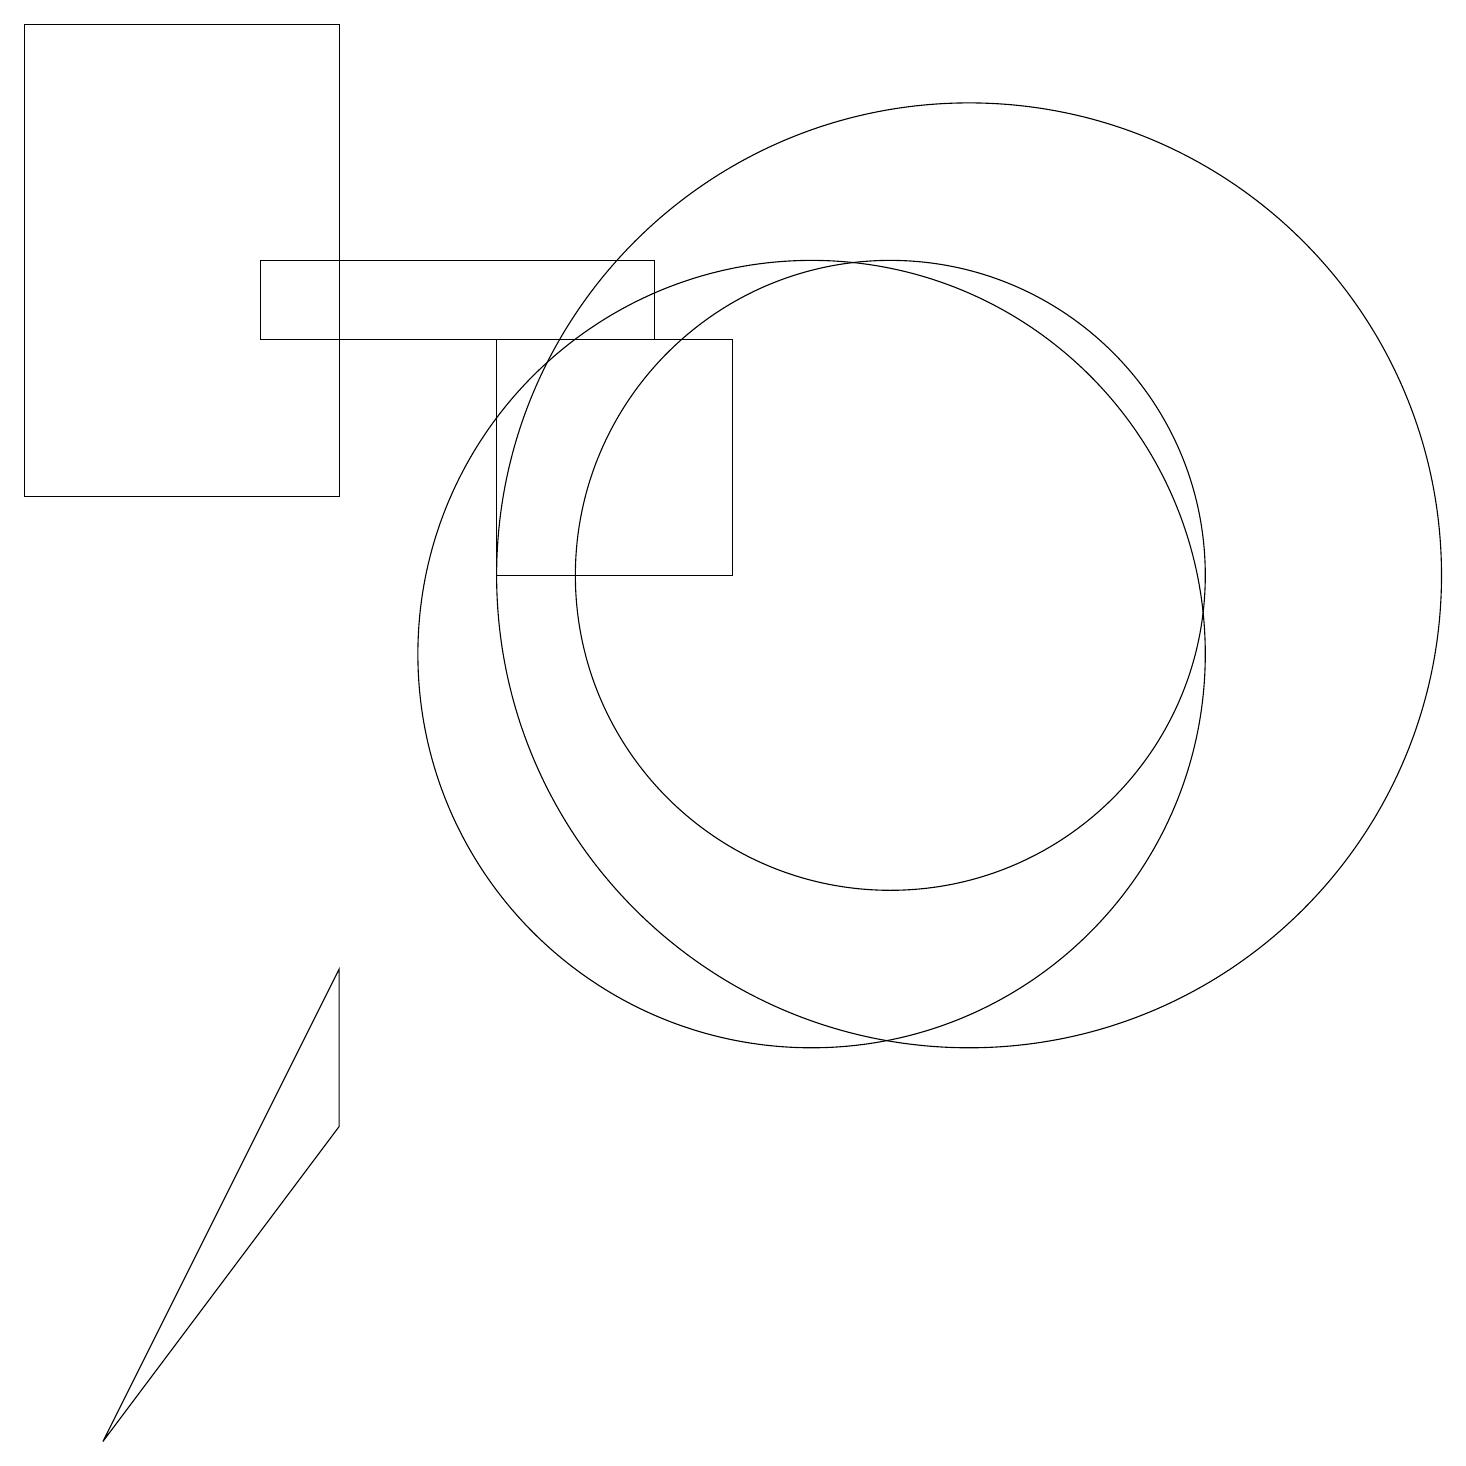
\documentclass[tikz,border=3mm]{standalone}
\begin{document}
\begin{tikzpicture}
\draw (1,0) -- (4,4) -- (4,6) -- cycle;
\draw (3,14) rectangle (8,15);
\draw (10,10) circle (5);
\draw (11,11) circle (4);
\draw (12,11) circle (6);
\draw (0,18) rectangle (4,12);
\draw (6,14) rectangle (9,11);
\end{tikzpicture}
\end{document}